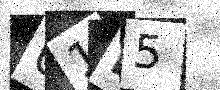
Text: U1L5